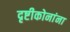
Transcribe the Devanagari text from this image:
दृष्टीकोनांना